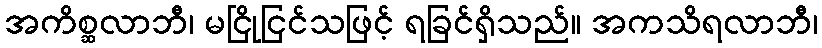
အကိစ္ဆလာဘီ၊ မငြိုငြင်သဖြင့် ရခြင်ရှိသည်။ အကသိရလာဘီ၊